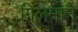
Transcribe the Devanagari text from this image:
ग़िलमान